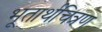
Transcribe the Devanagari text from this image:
भूतार्थचित्रण